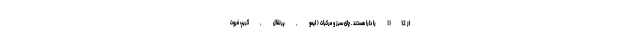
از B12 را دارا هستند . چای سبز و مرکبات ( لیمو , پرتقال , گریپ فروت